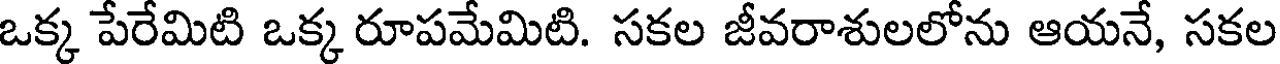
ఒక్క పేరేమిటి ఒక్క రూపమేమిటి. సకల జీవరాశులలోను ఆయనే, సకల